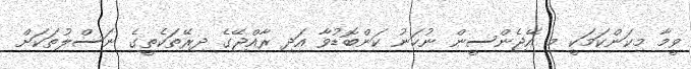
ވީމާ މިކަންކަމަކީ މި އޭޖެންސީން ނުހަނު ކަންބޮޑުވާ އަދި ރާއްޖޭގެ ދިރޭތަކެތީގެ ނަސްލުތަކަށް